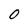
Character: 0